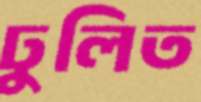
ঢুলিত